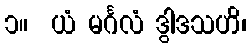
၁။  ယံ မင်္ဂလံ ဒွါဒသဟိ၊